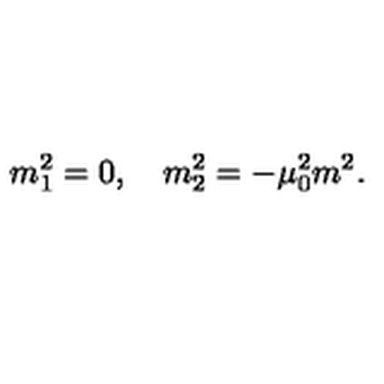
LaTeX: m _ { 1 } ^ { 2 } = 0 , \quad m _ { 2 } ^ { 2 } = - \mu _ { 0 } ^ { 2 } m ^ { 2 } { . }